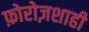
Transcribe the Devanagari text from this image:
फ़ोरोज़शाही